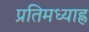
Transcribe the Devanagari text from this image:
प्रतिमध्याह्न